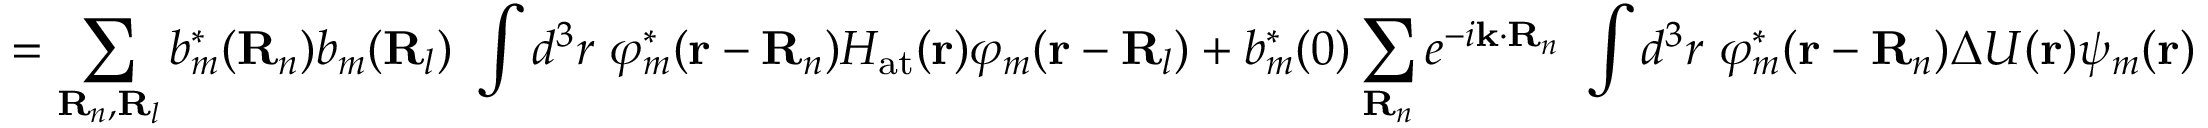
= \sum _ { \mathbf { R } _ { n } , \mathbf { R } _ { l } } b _ { m } ^ { * } ( \mathbf { R } _ { n } ) b _ { m } ( \mathbf { R } _ { l } ) \ \int d ^ { 3 } r \ \varphi _ { m } ^ { * } ( \mathbf { r } - \mathbf { R } _ { n } ) H _ { \mathrm { a t } } ( \mathbf { r } ) \varphi _ { m } ( \mathbf { r } - \mathbf { R } _ { l } ) + b _ { m } ^ { * } ( 0 ) \sum _ { \mathbf { R } _ { n } } e ^ { - i \mathbf { k } \cdot \mathbf { R } _ { n } } \ \int d ^ { 3 } r \ \varphi _ { m } ^ { * } ( \mathbf { r } - \mathbf { R } _ { n } ) \Delta U ( \mathbf { r } ) \psi _ { m } ( \mathbf { r } )